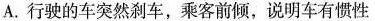
A.行驶的车突然刹车，乘客前倾，说明车有惯性